Scottish assistants in French and German schools and colleges, 1938
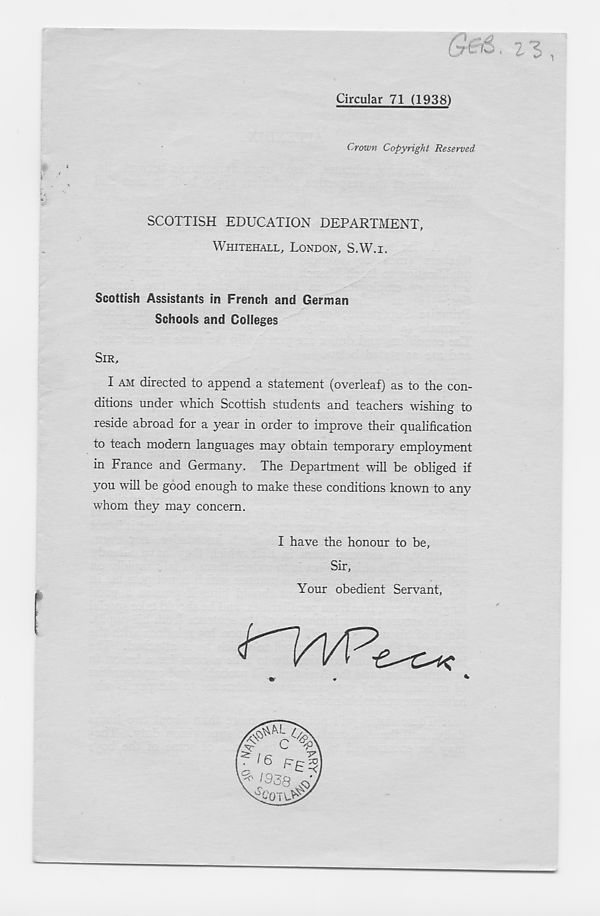
1
Circular 71 (1938)
Crown Copyright Reserved
SCOTTISH EDUCATION DEPARTMENT,
WHITEHALL, LONDON, S.W.I.
Scottish Assistants in French and German
Schools and Colleges
SIR.
I AM directed to append a statement (overleaf) as to the con-
ditions under which Scottish students and teachers wishing to
reside abroad for a year in order to improve their qualification
to teach modern languages may obtain temporary employment
in France and Germany. The Department will be obliged if
you will be good enough to make these conditions known to any
whom they may concern.
I have the honour to be,
Sir,
Your obedient Servant,